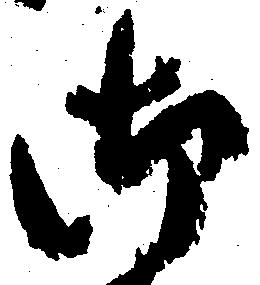
御